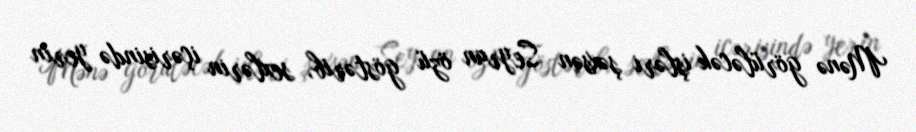
Mənə görüləcək işləri şəxsən Seyran özü göstərib, sexlərin içərisində yerin